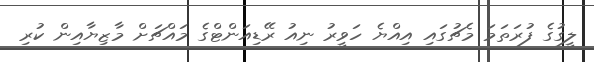
ލީގުގެ ފުރަތަމަ މެޗުގައި އިއްޔެ ހަވީރު ނިއު ރޭޑިއަންޓްގެ މައްޗަށް މާޒިޔާއިން ކުރި